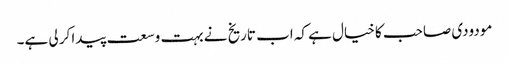
مودودی صاحب کا خیال ہے کہ اب تاریخ نے بہت وسعت پیدا کر لی ہے۔